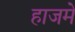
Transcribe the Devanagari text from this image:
हाजमे